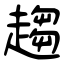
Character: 趨